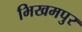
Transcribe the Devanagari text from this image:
भिखमपुर